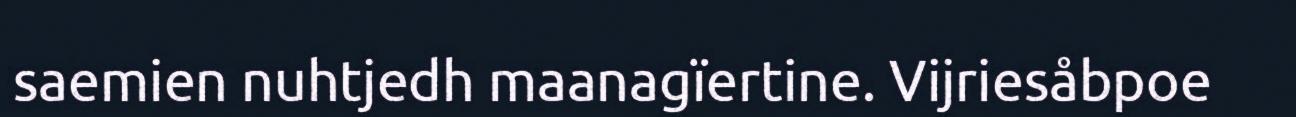
saemien nuhtjedh maanagïertine. Vijriesåbpoe